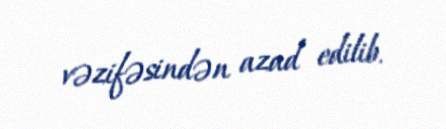
vəzifəsindən azad edilib.